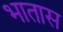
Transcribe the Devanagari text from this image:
भातास